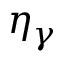
\eta _ { \gamma }